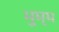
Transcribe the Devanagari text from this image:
भुम्म